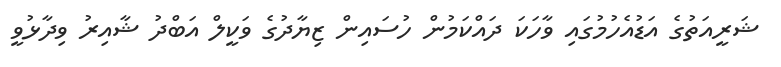
ޝަރީއަތުގެ އަޑުއެހުމުގައި ވާހަކަ ދައްކަމުން ހުސައިން ޒިޔާދުގެ ވަކީލް އަބްދު ޝާއިރު ވިދާޅުވީ